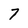
Character: 7